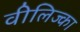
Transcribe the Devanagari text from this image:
वीलिज्का